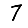
Digit: 7